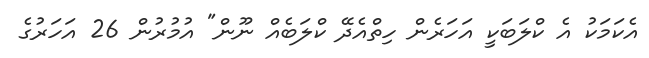
އެކަމަކު އެ ކްލަބަކީ އަހަރެން ހިތްއެދޭ ކްލަބެއް ނޫން" އުމުރުން 26 އަހަރުގެ